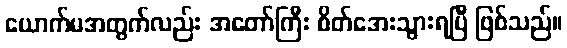
ယောက်မအတွက်လည်း အတော်ကြီး စိတ်အေးသွားရပြီ ဖြစ်သည်။